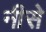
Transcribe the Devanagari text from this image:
नीसे